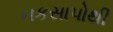
નકસાપોથી